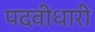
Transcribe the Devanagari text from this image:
पदवीधारी